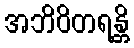
အဘိဝိတရန္တိ